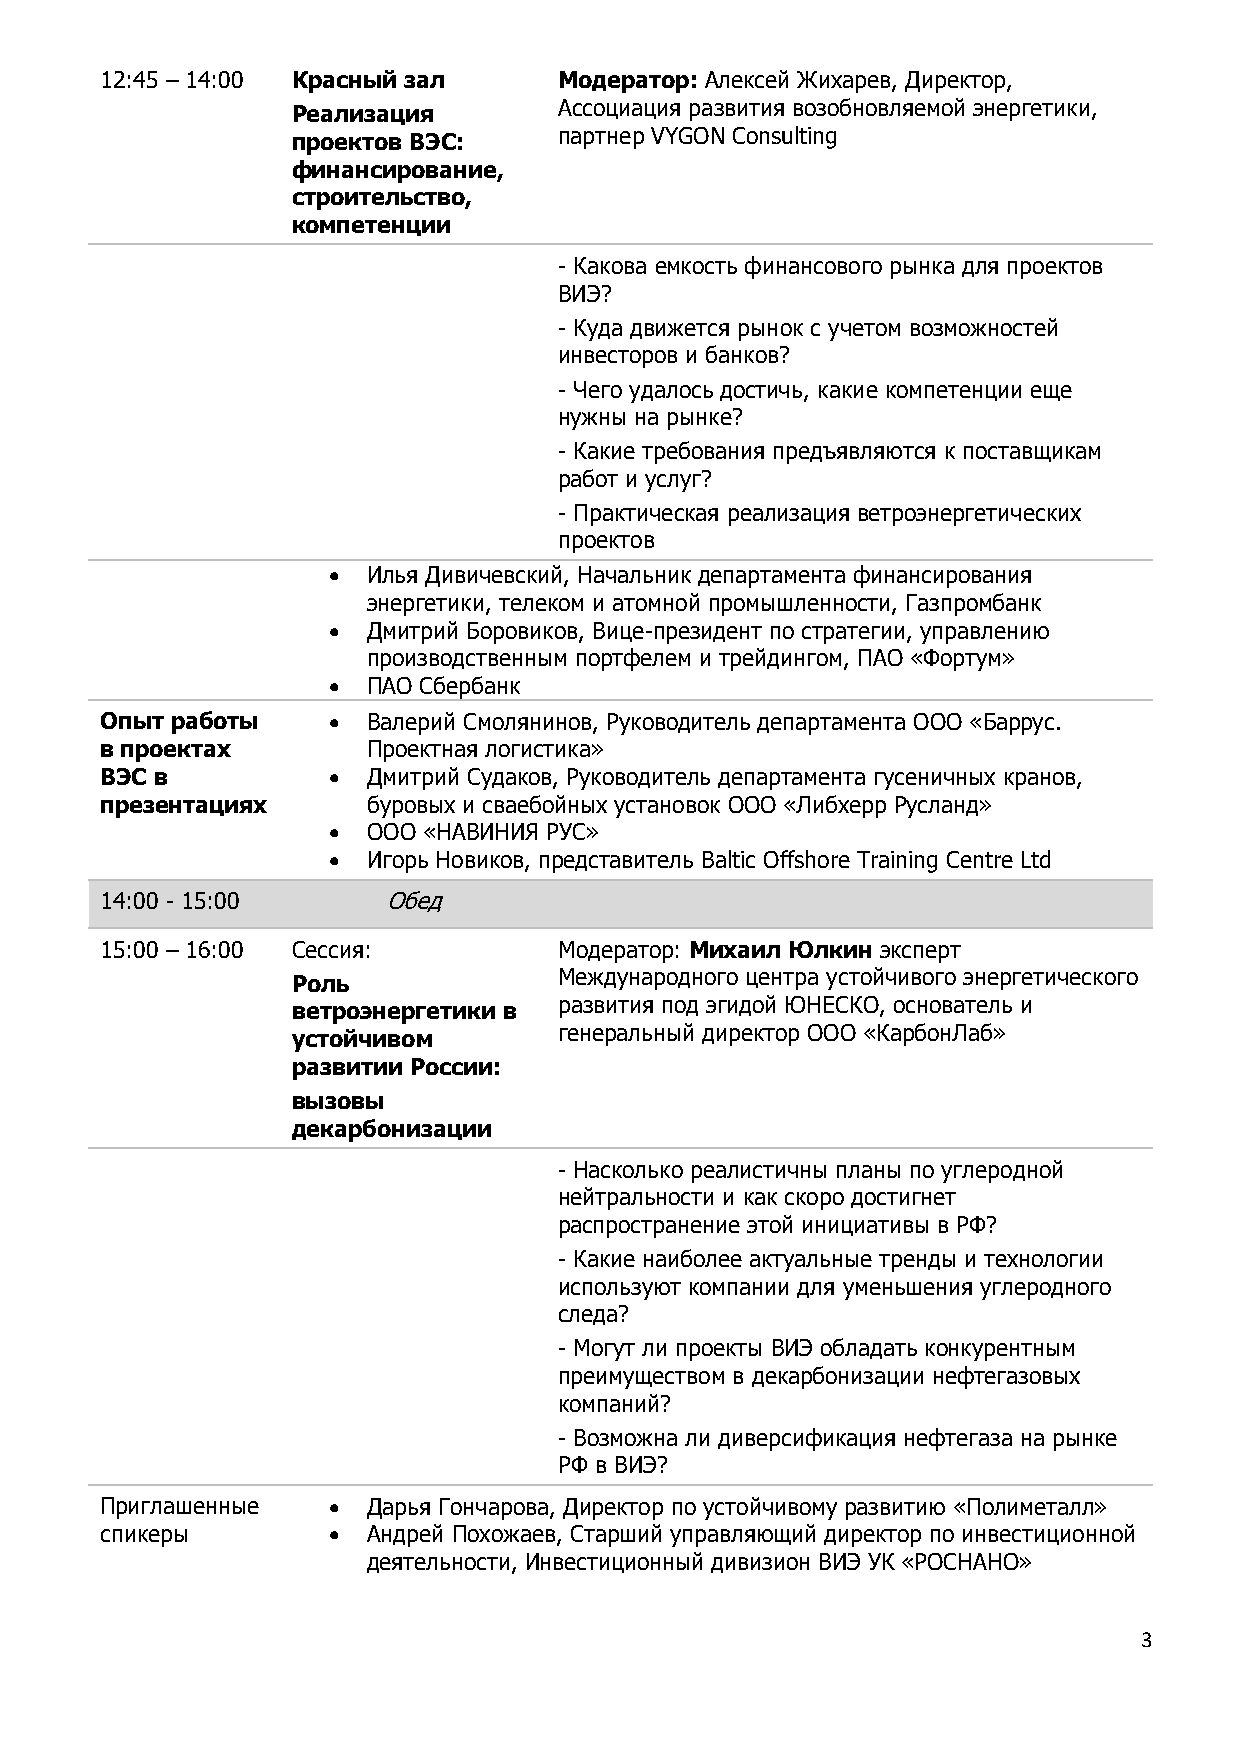
12:45 – 14:00 Красный зал     Модератор: Алексей Жихарев, Директор,
 Реализация        Ассоциация развития возобновляемой энергетики,
 проектов ВЭС:     партнер VYGON Consulting
 финансирование,
 строительство,
 компетенции
 - Какова емкость финансового рынка для проектов
 ВИЭ?
 - Куда движется рынок с учетом возможностей
 инвесторов и банков?
 - Чего удалось достичь, какие компетенции еще
 нужны на рынке?
 - Какие требования предъявляются к поставщикам
 работ и услуг?
 - Практическая реализация ветроэнергетических
 проектов
 • Илья Дивичевский, Начальник департамента финансирования
 энергетики, телеком и атомной промышленности, Газпромбанк
 • Дмитрий Боровиков, Вице-президент по стратегии, управлению
 производственным портфелем и трейдингом, ПАО «Фортум»
 • ПАО Сбербанк
 Опыт работы    • Валерий Смолянинов, Руководитель департамента ООО «Баррус.
 в проектах       Проектная логистика»
 ВЭС в          • Дмитрий Судаков, Руководитель департамента гусеничных кранов,
 презентациях     буровых и сваебойных установок ООО «Либхерр Русланд»
 • ООО «НАВИНИЯ РУС»
 • Игорь Новиков, представитель Baltic Offshore Training Centre Ltd
 14:00 - 15:00     Обед
 15:00 – 16:00 Сессия:         Модератор: Михаил Юлкин эксперт
 Роль              Международного центра устойчивого энергетического
 ветроэнергетики в развития под эгидой ЮНЕСКО, основатель и
 устойчивом        генеральный директор ООО «КарбонЛаб»
 развитии России:
 вызовы
 декарбонизации
 - Насколько реалистичны планы по углеродной
 нейтральности и как скоро достигнет
 распространение этой инициативы в РФ?
 - Какие наиболее актуальные тренды и технологии
 используют компании для уменьшения углеродного
 следа?
 - Могут ли проекты ВИЭ обладать конкурентным
 преимуществом в декарбонизации нефтегазовых
 компаний?
 - Возможна ли диверсификация нефтегаза на рынке
 РФ в ВИЭ?
 Приглашенные   • Дарья Гончарова, Директор по устойчивому развитию «Полиметалл»
 спикеры        • Андрей Похожаев, Старший управляющий директор по инвестиционной
 деятельности, Инвестиционный дивизион ВИЭ УК «РОСНАНО»
 3